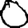
Digit: 0